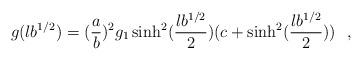
LaTeX: \begin{align*}g(lb^{1/2})=({a\over b})^2g_1\sinh^2({lb^{1/2}\over 2})(c+\sinh^2({lb^{1/2}\over 2}))~~,\end{align*}